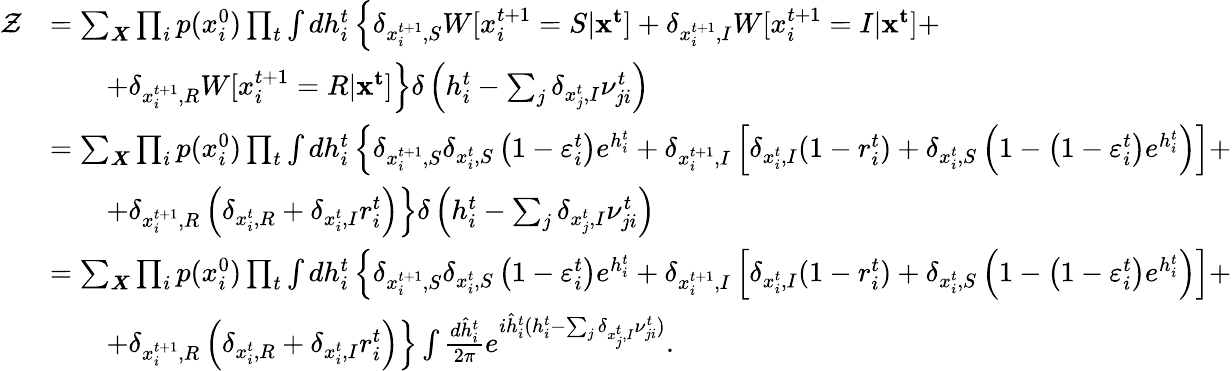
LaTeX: \begin{array}{rl}{\mathcal{Z}}&{=\sum_{\boldsymbol{X}}\prod_{i}p(x_{i}^{0})\prod_{t}\int dh_{i}^{t}\left\{ \delta_{x_{i}^{t+1},S}W[x_{i}^{t+1}=S|\mathbf{x^{t}}]+\delta_{x_{i}^{t+1},I}W[x_{i}^{t+1}=I|\mathbf{x^{t}}]+\right.}\\ &{\qquad\left.+\delta_{x_{i}^{t+1},R}W[x_{i}^{t+1}=R|\mathbf{x^{t}}]\right\} \delta\left(h_{i}^{t}-\sum_{j}\delta_{x_{j}^{t},I}\nu_{ji}^{t}\right)}\\ &{=\sum_{\boldsymbol{X}}\prod_{i}p(x_{i}^{0})\prod_{t}\int dh_{i}^{t}\left\{ \delta_{x_{i}^{t+1},S}\delta_{x_{i}^{t},S}\left(1-\varepsilon_{i}^{t}\right)e^{h_{i}^{t}}+\delta_{x_{i}^{t+1},I}\left[\delta_{x_{i}^{t},I}(1-r_{i}^{t})+\delta_{x_{i}^{t},S}\left(1-\left(1-\varepsilon_{i}^{t}\right)e^{h_{i}^{t}}\right)\right]+\right.}\\ &{\qquad\left.+\delta_{x_{i}^{t+1},R}\left(\delta_{x_{i}^{t},R}+\delta_{x_{i}^{t},I}r_{i}^{t}\right)\right\} \delta\left(h_{i}^{t}-\sum_{j}\delta_{x_{j}^{t},I}\nu_{ji}^{t}\right)}\\ &{=\sum_{\boldsymbol{X}}\prod_{i}p(x_{i}^{0})\prod_{t}\int dh_{i}^{t}\left\{ \delta_{x_{i}^{t+1},S}\delta_{x_{i}^{t},S}\left(1-\varepsilon_{i}^{t}\right)e^{h_{i}^{t}}+\delta_{x_{i}^{t+1},I}\left[\delta_{x_{i}^{t},I}(1-r_{i}^{t})+\delta_{x_{i}^{t},S}\left(1-\left(1-\varepsilon_{i}^{t}\right)e^{h_{i}^{t}}\right)\right]+\right.}\\ &{\qquad\left.+\delta_{x_{i}^{t+1},R}\left(\delta_{x_{i}^{t},R}+\delta_{x_{i}^{t},I}r_{i}^{t}\right)\right\} \int\frac{d\hat{h}_{i}^{t}}{2\pi}e^{i\hat{h}_{i}^{t}(h_{i}^{t}-\sum_{j}\delta_{x_{j}^{t},I}\nu_{ji}^{t})}.}\end{array}